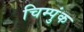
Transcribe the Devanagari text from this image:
चिम्पुंक